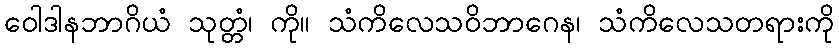
ဝေါဒါနဘာဂိယံ သုတ္တံ၊ ကို။ သံကိလေသဝိဘာဂေန၊ သံကိလေသတရားကို